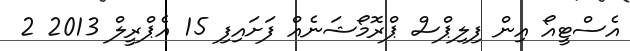
އެސްޓީއޯ އިން ފިލިޕްސް ޕްރޮމޯޝަނެއް ފަށައިފި 15 އެޕްރީލް 2013 2